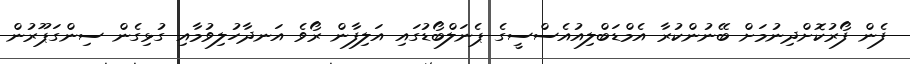
ފެން ފޯރުކޮށްދިނުމަށް ބޭނުންކުރާ އެމްޑަބްލިއުއެސްސީގެ ޕެނަލްބޯޑުގައި އަލިފާން ރޯވެ އަނދާހުލިވުމާއި ގުޅިގެން ސިންގަޕޫރުން